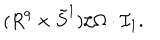
( R ^ { 9 } \times \tilde { S } ^ { 1 } ) / \Omega \cdot { \mathcal I } _ { 1 } .